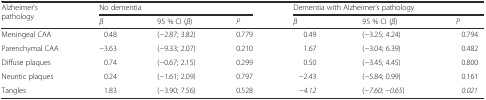
| <ROWSPAN=2> Alzheimer’s pathology | <COLSPAN=3> No dementia | <COLSPAN=3> Dementia with Alzheimer’s pathology |
 | β | 95 % CI (β) | P | β | 95 % CI (β) | P |
 | --- | --- | --- | --- | --- | --- | --- |
 | Meningeal CAA | 0.48 | (−2.87; 3.82) | 0.779 | 0.49 | (−3.25; 4.24) | 0.794 |
 | Parenchymal CAA | −3.63 | (−9.33; 2.07) | 0.210 | 1.67 | (−3.04; 6.39) | 0.482 |
 | Diffuse plaques | 0.74 | (−0.67; 2.15) | 0.299 | 0.50 | (−3.45; 4.45) | 0.800 |
 | Neuritic plaques | 0.24 | (−1.61; 2.09) | 0.797 | −2.43 | (−5.84; 0.99) | 0.161 |
 | Tangles | 1.83 | (−3.90; 7.56) | 0.528 | −4.12 | (−7.60; −0.65) | 0.021 |